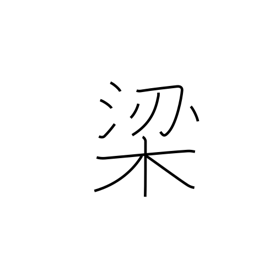
Meaning: fish trap